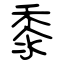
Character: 黍